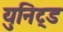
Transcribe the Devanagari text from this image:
युनिट्ड